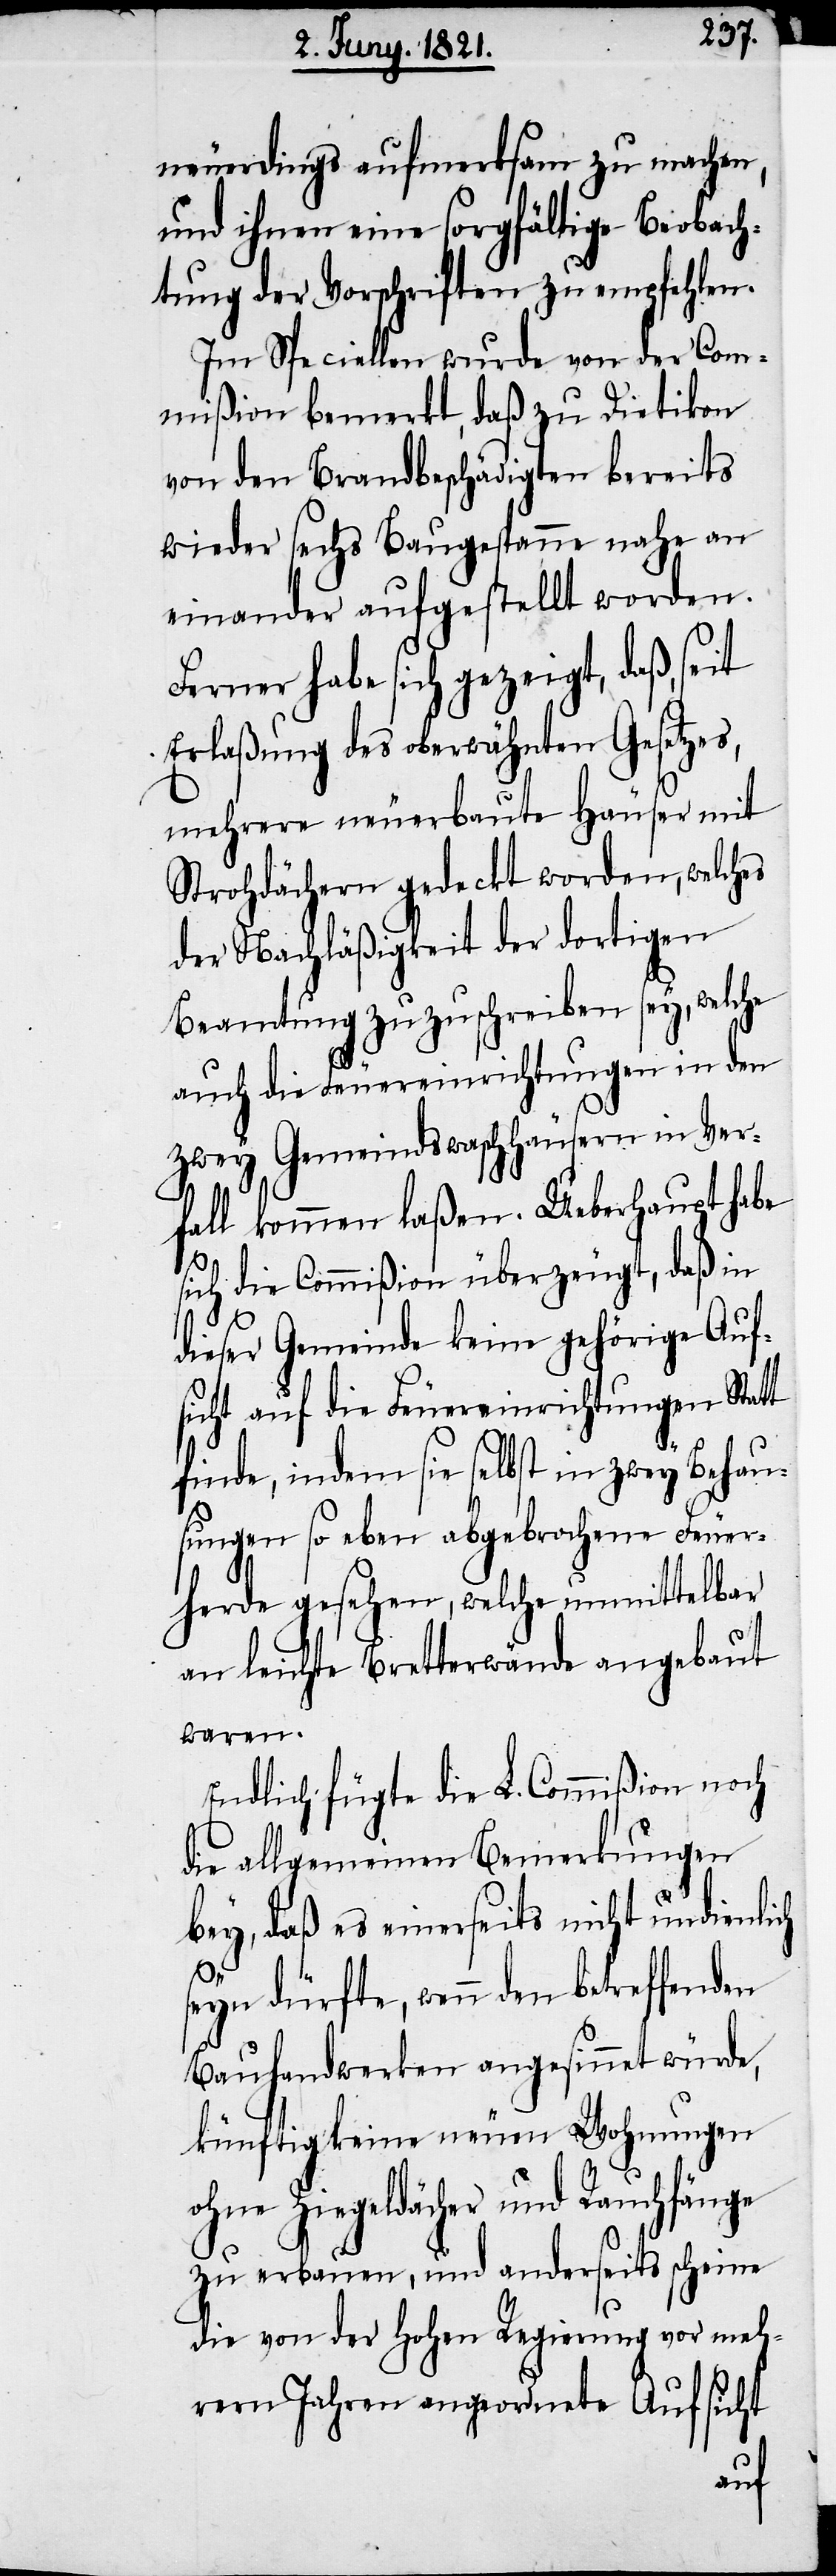
neuerdings aufmerksam zu machen,
und ihnen sorgfältige Beobach¬
tung der Vorschriften zu empfehlen.
Im Speciellen wurde von der Com¬
mißion bemerkt, daß zu Dietikon
von den Brandbeschädigten bereits
wieder sechs Baugespanne nahe an
einander aufgestellt worden.
Ferner habe sich gezeigt, daß, seit
Erlaßung des oberwähnten Gesetzes,
mehrere neuerbaute Häuser mit
Strohdächern gedeckt worden, welches
der Nachläßigkeit der dortigen
Beamtung zuzuschreiben sey, welche
auch die Feuereinrichtungen in den
zwey Gemeindswaschhäusern in Ver¬
fall kommen laßen. Ueberhaupt habe
sich die Commißion überzeugt, daß in
dieser Gemeinde keine gehörige Auf¬
sicht auf die Feuereinrichtungen Statt
finde, indem sie selbst in zwey Behau¬
sungen so eben abgebrochene Feuer¬
herde gesehen, welche unmittelbar
an leichte Bretterwände angebaut
waren.
Endlich fügt die L. Commißion noch
die allgemeinen Bemerkungen
bey, daß es einerseits nicht undienlich
s¬
eyn dürfte, wenn den betreffenden
Bauhandwerken angesinnet würde,
künftig keine neuen Wohnungen
ohne Ziegeldächer und Rauchfänge
zu erbauen, und anderseits scheine
die von der hohen Regierung vor meh¬
rern Jahren angeordnete Aufsicht